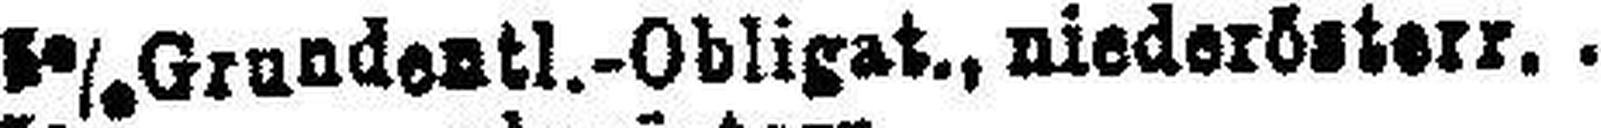
5% Grundentl.-Obligat., niederösterr.